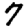
Digit: 7